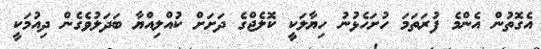
އެގޮތުން އެންމެ ފުރަތަމަ ހުށަހެޅުނު ހިޔާލަކީ ކޮލެޖްގެ ދަށަށް ކުއްލިއްޔާ ބަދަލުވެގެން ދިއުމަކީ